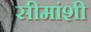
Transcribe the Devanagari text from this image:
सीमांशी